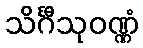
သိင်္ဂီသုဝဏ္ဏံ